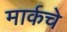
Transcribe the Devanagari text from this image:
मार्कचे